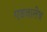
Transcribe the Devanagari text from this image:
एडवालेथ